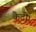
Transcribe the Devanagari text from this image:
कैदी।